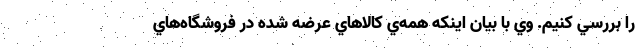
را بررسي كنيم. وي با بيان اينكه همه‌ي كالاهاي عرضه شده در فروشگاه‌هاي